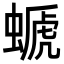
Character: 螔